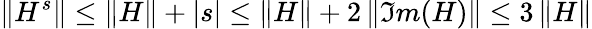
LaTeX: \| H^{s}\| \leq\| H\| +|s|\leq\| H\| +2\, \| \Im m(H)\| \leq 3\, \| H\|